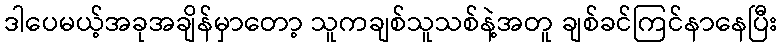
ဒါပေမယ့်အခုအချိန်မှာတော့ သူကချစ်သူသစ်နဲ့အတူ ချစ်ခင်ကြင်နာနေပြီး